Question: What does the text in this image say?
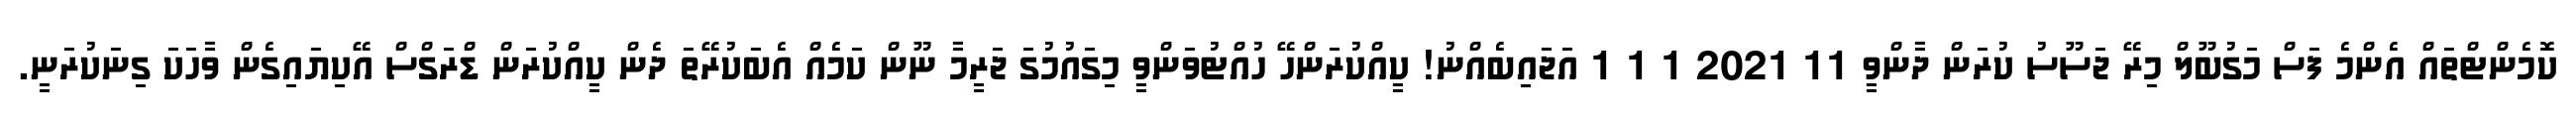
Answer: ކޮމެންޓްތައް އެންމެ ފަސް މަގުބޫލް މިރޭ ޖަސޫސު ކުރަން ދާންވީ 11 2021 1 1 1 އަޖައިބެއްނު! ކީއްކުރަންހޭ ހުއްޓުވަންވީ މިގައުމުގަ ޖަރީމާ ނޫން ކަމެއް އެބަކުރޭތަ ދެން ކީއްކުރަން ޑްރަގްސް އޭކިޔައިގެން ވާހަކަ ގިނަކުރަނީ.